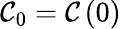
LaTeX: {\cal C}_{0}={\cal C}\left(0\right)